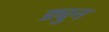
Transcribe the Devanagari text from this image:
ड्युन